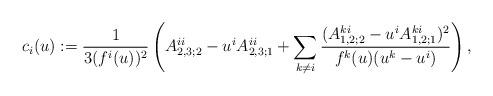
LaTeX: \begin{align*}c_i(u):=\frac{1}{3(f^i(u))^2}\left(A^{ii}_{2,3;2}-u^iA_{2,3;1}^{ii}+\sum_{k\not =i}\frac{(A^{ki}_{1,2;2}-u^iA^{ki}_{1,2;1})^2}{f^k(u)(u^k-u^i)}\right),\end{align*}